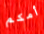
أمكم